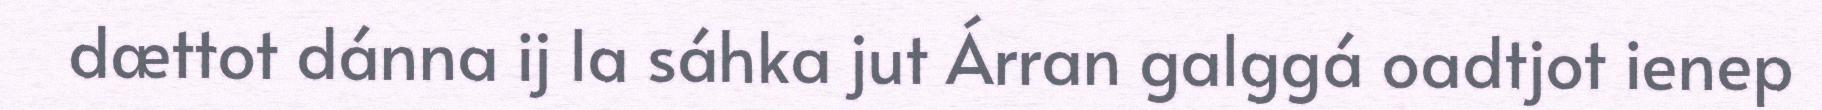
dættot dánna ij la sáhka jut Árran galggá oadtjot ienep